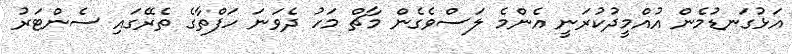
އަޅުގަނޑުމެން އުއްމީދުކުރަނީ އެންމެ ލަސްވެގެން މާޗް މަހު ދެވަނަ ހަފްތާގެ ތެރޭގައި ސެންޓަރު